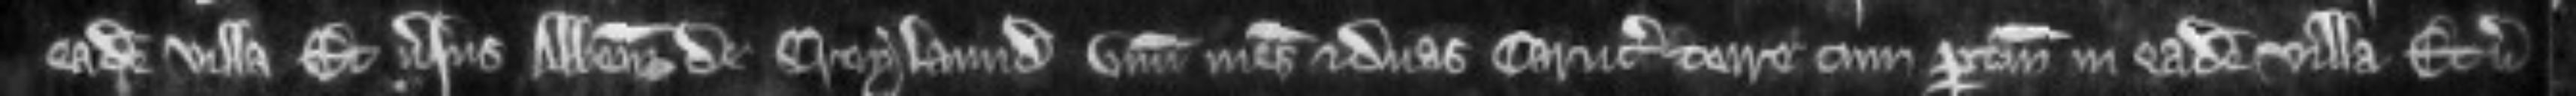
eadem villa et versus abbatem de Croylaund unum mesuagium et duas carucatas terre cum pertinenciis in eadem villa et versus